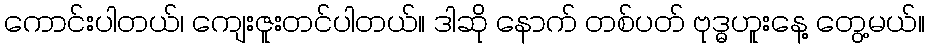
ကောင်းပါတယ်၊ ကျေးဇူးတင်ပါတယ်။ ဒါဆို နောက် တစ်ပတ် ဗုဒ္ဓဟူးနေ့ တွေ့မယ်။